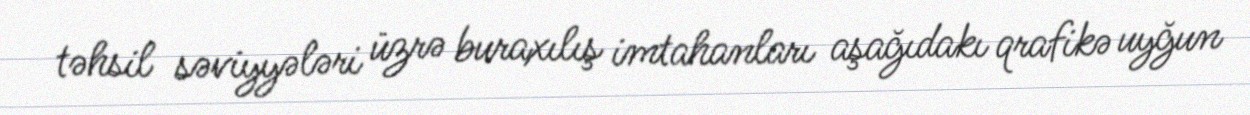
təhsil səviyyələri üzrə buraxılış imtahanları aşağıdakı qrafikə uyğun